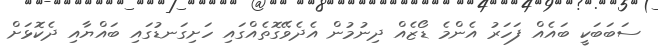
ސަބަބަކީ ބައެއް ފަހަރު އެންމެ ޑޯޒެއް ދިނުމުން އެދެވޭގޮތެއްގައި ހަށިގަނޑުގައި ބައްޔާއި ދެކޮޅަށް